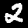
Label: 2